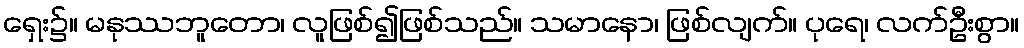
ရှေး၌။ မနုဿဘူတော၊ လူဖြစ်၍ဖြစ်သည်။ သမာနော၊ ဖြစ်လျက်။ ပုရေ၊ လက်ဦးစွာ။